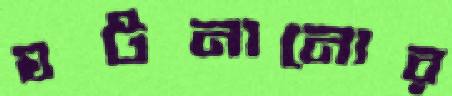
ঘটনানোর